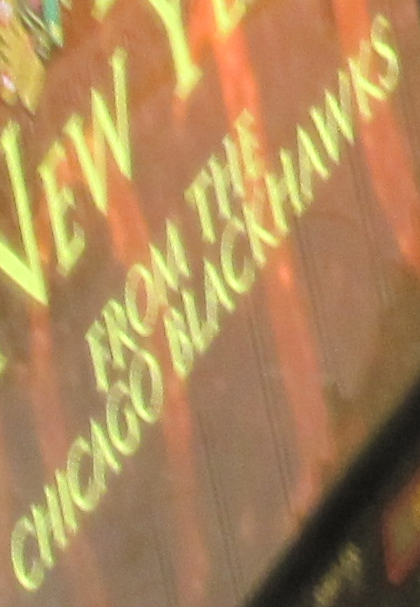
CHICAGO BLACKHAWKS